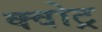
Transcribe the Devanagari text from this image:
क्वोट्र